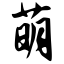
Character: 萌